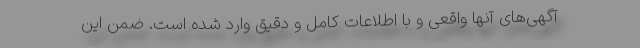
آگهی‌های آنها واقعی و با اطلاعات کامل و دقیق وارد شده است. ضمن این